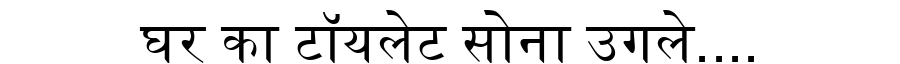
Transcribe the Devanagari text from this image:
घर का टॉयलेट सोना उगले....